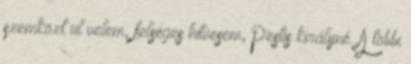
szemközt ül velem, felséges hitvesem, Pestis királyné. A többi